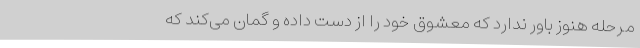
مرحله هنوز باور ندارد که معشوق خود را از دست داده و گمان می‌کند که